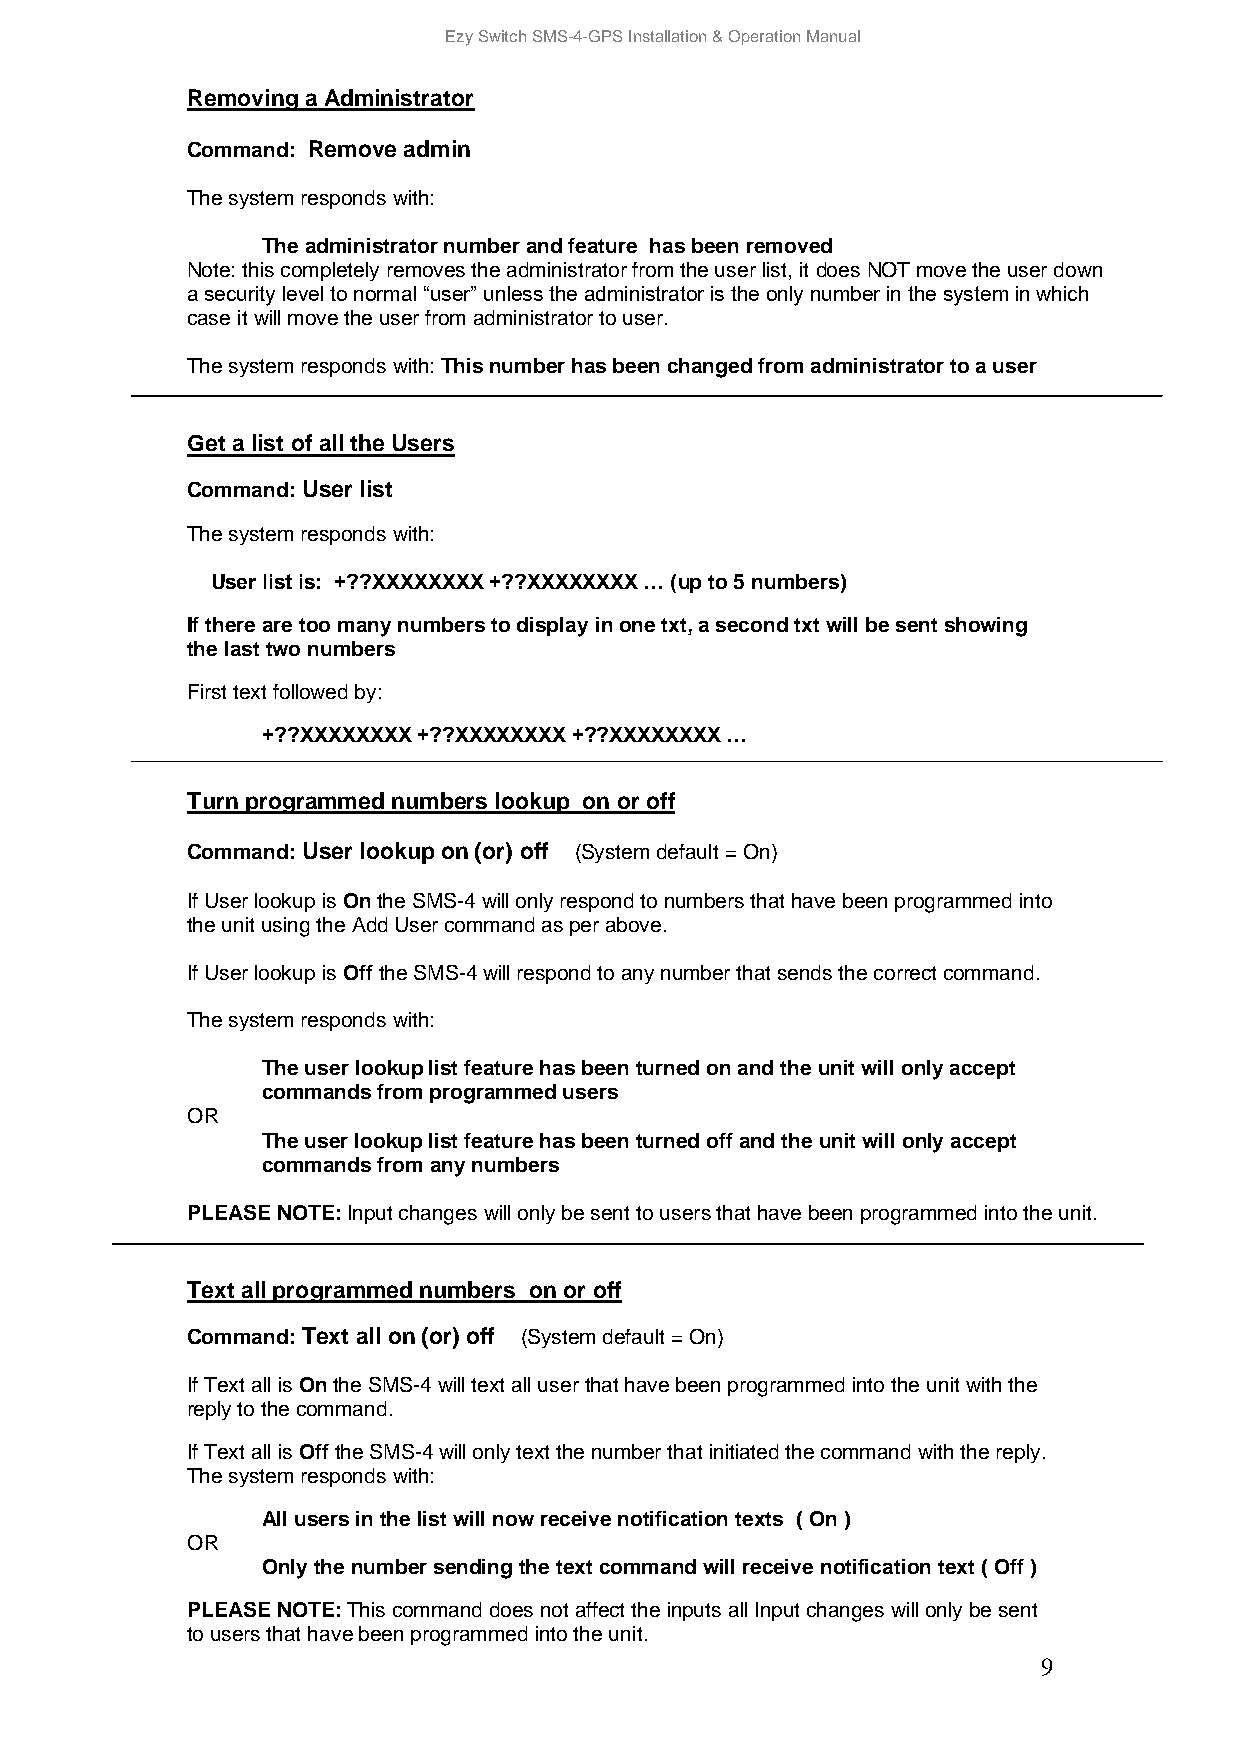
Ezy Switch SMS-4-GPS Installation & Operation Manual
 Removing a Administrator
 Command: Remove admin
 The system responds with:
 The administrator number and feature has been removed
 Note: this completely removes the administrator from the user list, it does NOT move the user down
 a security level to normal “user” unless the administrator is the only number in the system in which
 case it will move the user from administrator to user.
 The system responds with: This number has been changed from administrator to a user
 Get a list of all the Users
 Command: User list
 The system responds with:
 User list is: +??XXXXXXXX +??XXXXXXXX … (up to 5 numbers)
 If there are too many numbers to display in one txt, a second txt will be sent showing
 the last two numbers
 First text followed by:
 +??XXXXXXXX +??XXXXXXXX +??XXXXXXXX …
 Turn programmed numbers lookup on or off
 Command: User lookup on (or) off (System default = On)
 If User lookup is On the SMS-4 will only respond to numbers that have been programmed into
 the unit using the Add User command as per above.
 If User lookup is Off the SMS-4 will respond to any number that sends the correct command.
 The system responds with:
 The user lookup list feature has been turned on and the unit will only accept
 commands from programmed users
 OR
 The user lookup list feature has been turned off and the unit will only accept
 commands from any numbers
 PLEASE NOTE: Input changes will only be sent to users that have been programmed into the unit.
 Text all programmed numbers on or off
 Command: Text all on (or) off (System default = On)
 If Text all is On the SMS-4 will text all user that have been programmed into the unit with the
 reply to the command.
 If Text all is Off the SMS-4 will only text the number that initiated the command with the reply.
 The system responds with:
 All users in the list will now receive notification texts ( On )
 OR
 Only the number sending the text command will receive notification text ( Off )
 PLEASE NOTE: This command does not affect the inputs all Input changes will only be sent
 to users that have been programmed into the unit.
 9